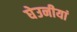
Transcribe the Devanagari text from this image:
घेउनीयां